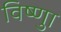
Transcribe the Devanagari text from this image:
विष्णुा